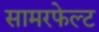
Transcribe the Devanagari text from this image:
सामरफेल्ट